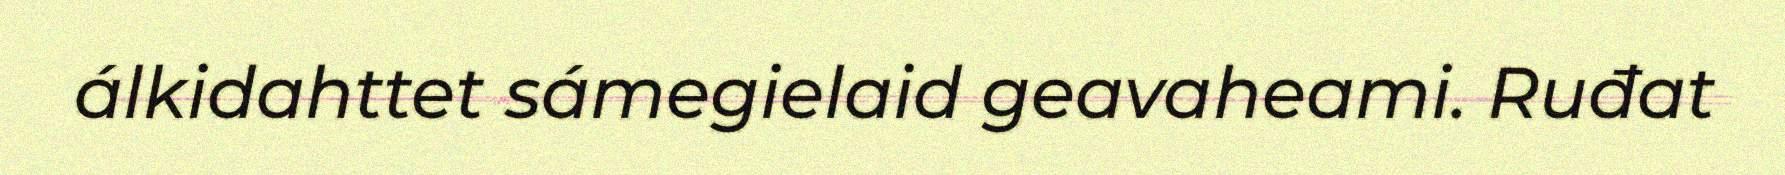
álkidahttet sámegielaid geavaheami. Ruđat